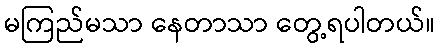
မကြည်မသာ နေတာသာ တွေ့ရပါတယ်။